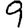
Digit: 9